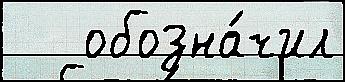
   обозна́чил